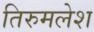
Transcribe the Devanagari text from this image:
तिरुमलेश